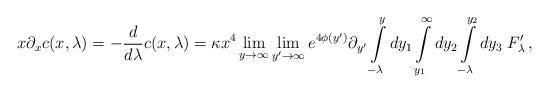
LaTeX: \begin{align*}x\partial_x c(x,\lambda ) = -\frac{d}{d\lambda }c(x,\lambda ) = \kappa x^4 \lim_{y\rightarrow\infty} \lim_{y'\rightarrow\infty} e^{4\phi (y')} \partial_{y'}\int\limits_{-\lambda }^{y}dy_1\int\limits_{y_1}^{\infty}dy_2\int\limits_{-\lambda }^{y_2}dy_3 \; F'_{\lambda}\,,\end{align*}